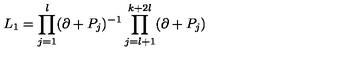
L _ { 1 } = \prod _ { j = 1 } ^ { l } ( \partial + P _ { j } ) ^ { - 1 } \prod _ { j = l + 1 } ^ { k + 2 l } ( \partial + P _ { j } )